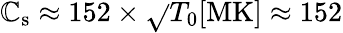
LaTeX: \mathbb{C}_{\mathrm{{s}}}\approx152\times\sqrt{}{{T_{0}[\mathrm{{MK}}]}}\approx152